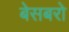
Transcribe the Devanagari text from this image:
बेसबरो